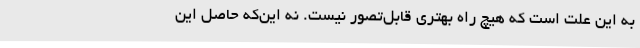
به این علت است که هیچ راه بهتری قابل‌تصور نیست. نه این‌که حاصل این